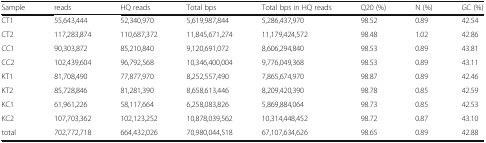
| Sample | reads | HQ reads | Total bps | Total bps in HQ reads | Q20 (%) | N (%) | GC (%) |
 | --- | --- | --- | --- | --- | --- | --- | --- |
 | CT1 | 55,643,444 | 52,340,970 | 5,619,987,844 | 5,286,437,970 | 98.52 | 0.89 | 42.54 |
 | CT2 | 117,283,874 | 110,687,372 | 11,845,671,274 | 11,179,424,572 | 98.48 | 1.02 | 42.86 |
 | CC1 | 90,303,872 | 85,210,840 | 9,120,691,072 | 8,606,294,840 | 98.53 | 0.89 | 43.81 |
 | CC2 | 102,439,604 | 96,792,568 | 10,346,400,004 | 9,776,049,368 | 98.53 | 0.89 | 43.11 |
 | KT1 | 81,708,490 | 77,877,970 | 8,252,557,490 | 7,865,674,970 | 98.87 | 0.89 | 42.46 |
 | KT2 | 85,728,846 | 81,281,390 | 8,658,613,446 | 8,209,420,390 | 98.78 | 0.85 | 42.59 |
 | KC1 | 61,961,226 | 58,117,664 | 6,258,083,826 | 5,869,884,064 | 98.73 | 0.85 | 42.53 |
 | KC2 | 107,703,362 | 102,123,252 | 10,878,039,562 | 10,314,448,452 | 98.72 | 0.87 | 43.10 |
 | total | 702,772,718 | 664,432,026 | 70,980,044,518 | 67,107,634,626 | 98.65 | 0.89 | 42.88 |